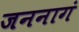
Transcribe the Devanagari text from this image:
जननागं